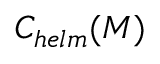
C _ { h e l m } ( M )